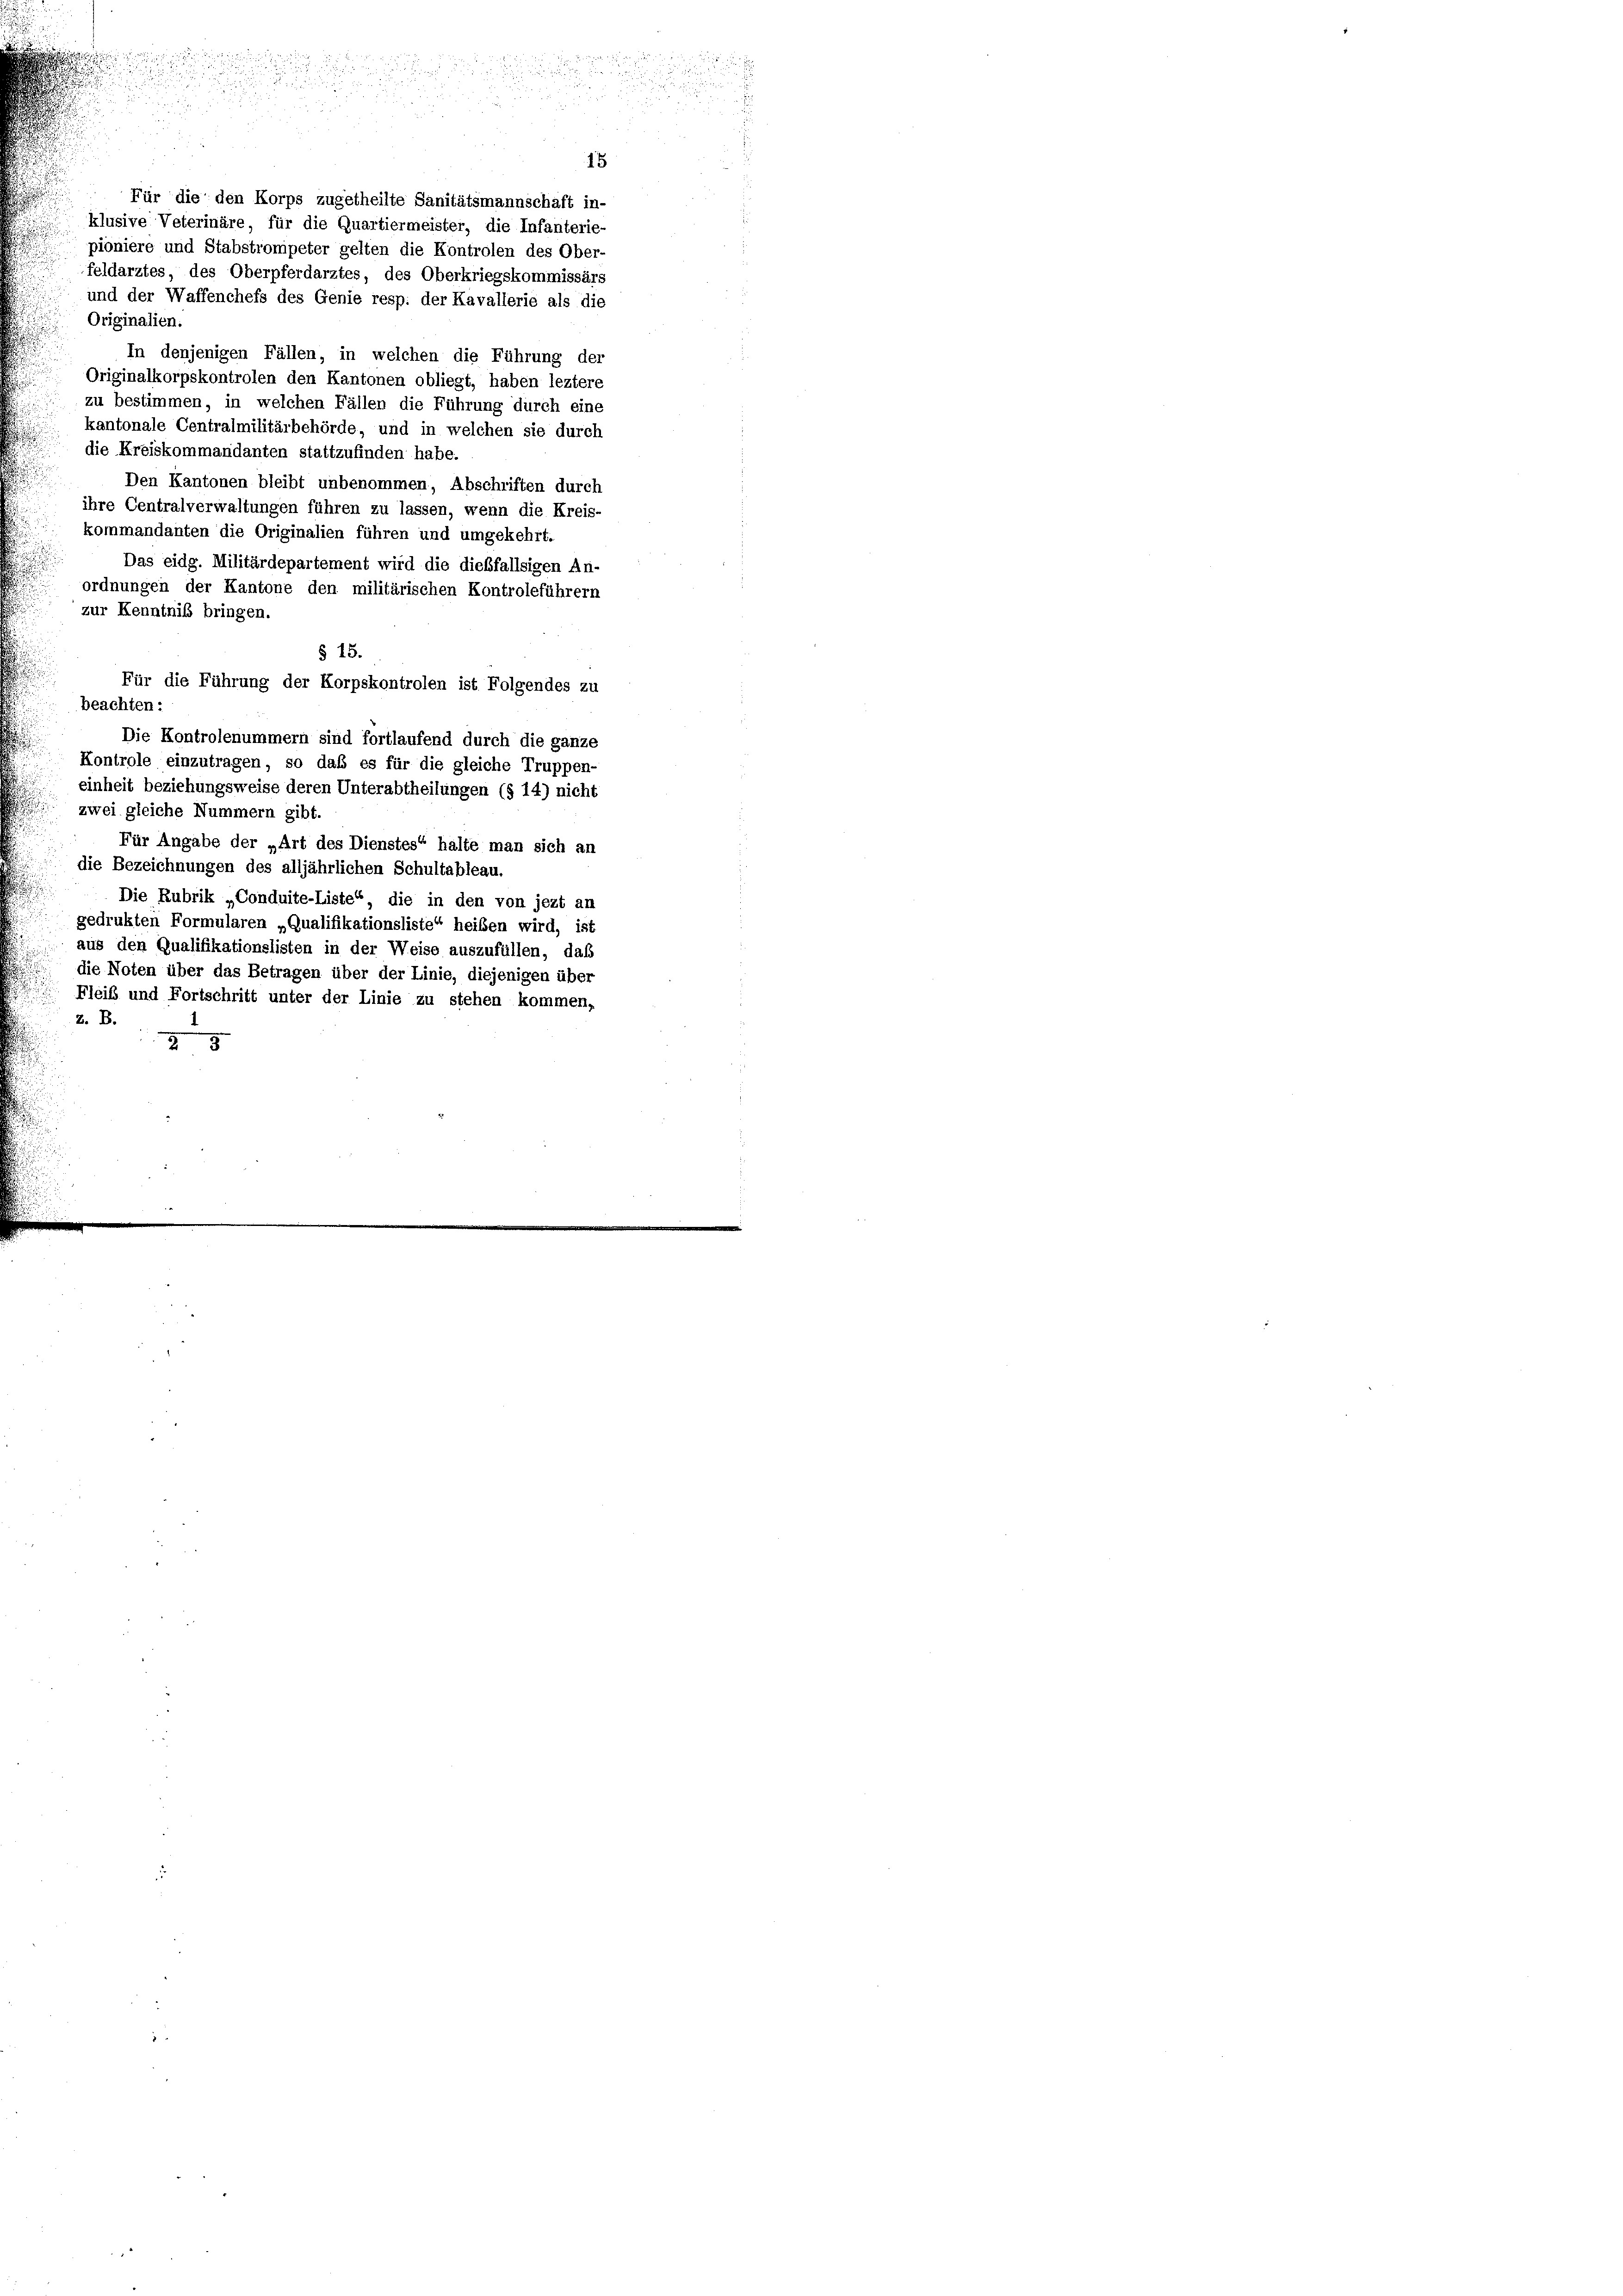
Für die den Korps zugetheilte Sanitätsmannschaft in-
klusive Veterinäre, für die Quartiermeister, die Infanterie-
pioniere und Stabstrompeter gelten die Kontrolen des Ober-
feldarztes, des Oberpferdarztes, des Oberkriegskommissärs
und der Waffenchefs des Genie resp. der Kavallerie als die
Originalien
In denjenigen Fällen, in welchen die Führung der
Originalkorpskontrolen den Kantonen obliegt, haben leztere
zu bestimmen, in welchen Fällen die Führung durch eine
kantonale Centralmilitärbehörde, und in welchen sie durch
die Kreiskommandanten stattzufinden habe.
Den Kantonen bleibt unbenommen, Abschriften durch
ihre Centralverwaltungen führen zu lassen, wenn die Kreis-
kommandanten die Originalien führen und umgekehrt.
Das eidg. Militärdepartement wird die dießfallsigen An-
ordnungen der Kantone den militärischen Kontroleführern
zur Kenntniß bringen.
§ 15.
Für die Führung der Korpskontrolen ist Folgendes zu
beachten:
Die Kontrolenummern sind fortlaufend durch die ganze
Kontrole einzutragen, so daß es für die gleiche Truppen-
einheit beziehungsweise deren Unterabtheilungen (§ 14) nicht
zwei gleiche Nummern gibt.
Für Angabe der „Art des Dienstes“ halte man sich an
die Bezeichnungen des alljährlichen Schultableau.
Die Rubrik „Conduite-Liste“, die in den von jezt an
gedrukten Formularen „Qualifikationsliste“ heiben wird, ist
aus den Qualifikationslisten in der Weise auszufüllen, daß
die Noten über das Betragen über der Linie, diejenigen über
Fleiß und Fortschritt unter der Linie zu stehen kommen,
Z. B.
28

u

15